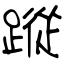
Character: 蹤